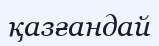
қазғандай